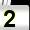
Digit: 2